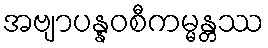
အဗျာပန္နဝစီကမ္မန္တဿ